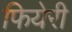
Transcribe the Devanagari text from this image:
फियेरी